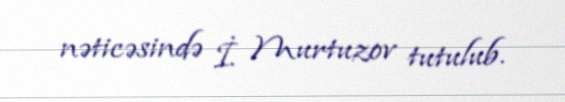
nəticəsində İ. Murtuzov tutulub.